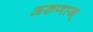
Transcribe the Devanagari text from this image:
अरुणाज्